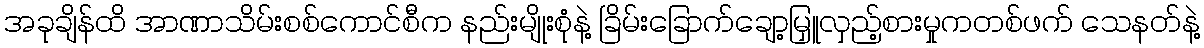
အခုချိန်ထိ အာဏာသိမ်းစစ်ကောင်စီက နည်းမျိုးစုံနဲ့ ခြိမ်းခြောက်ချော့မြှူလှည့်စားမှုကတစ်ဖက် သေနတ်နဲ့